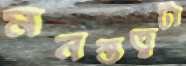
মনস্তত্ত্বটা